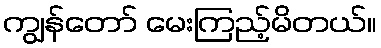
ကျွန်တော် မေးကြည့်မိတယ်။